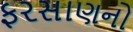
ફરસાણનો